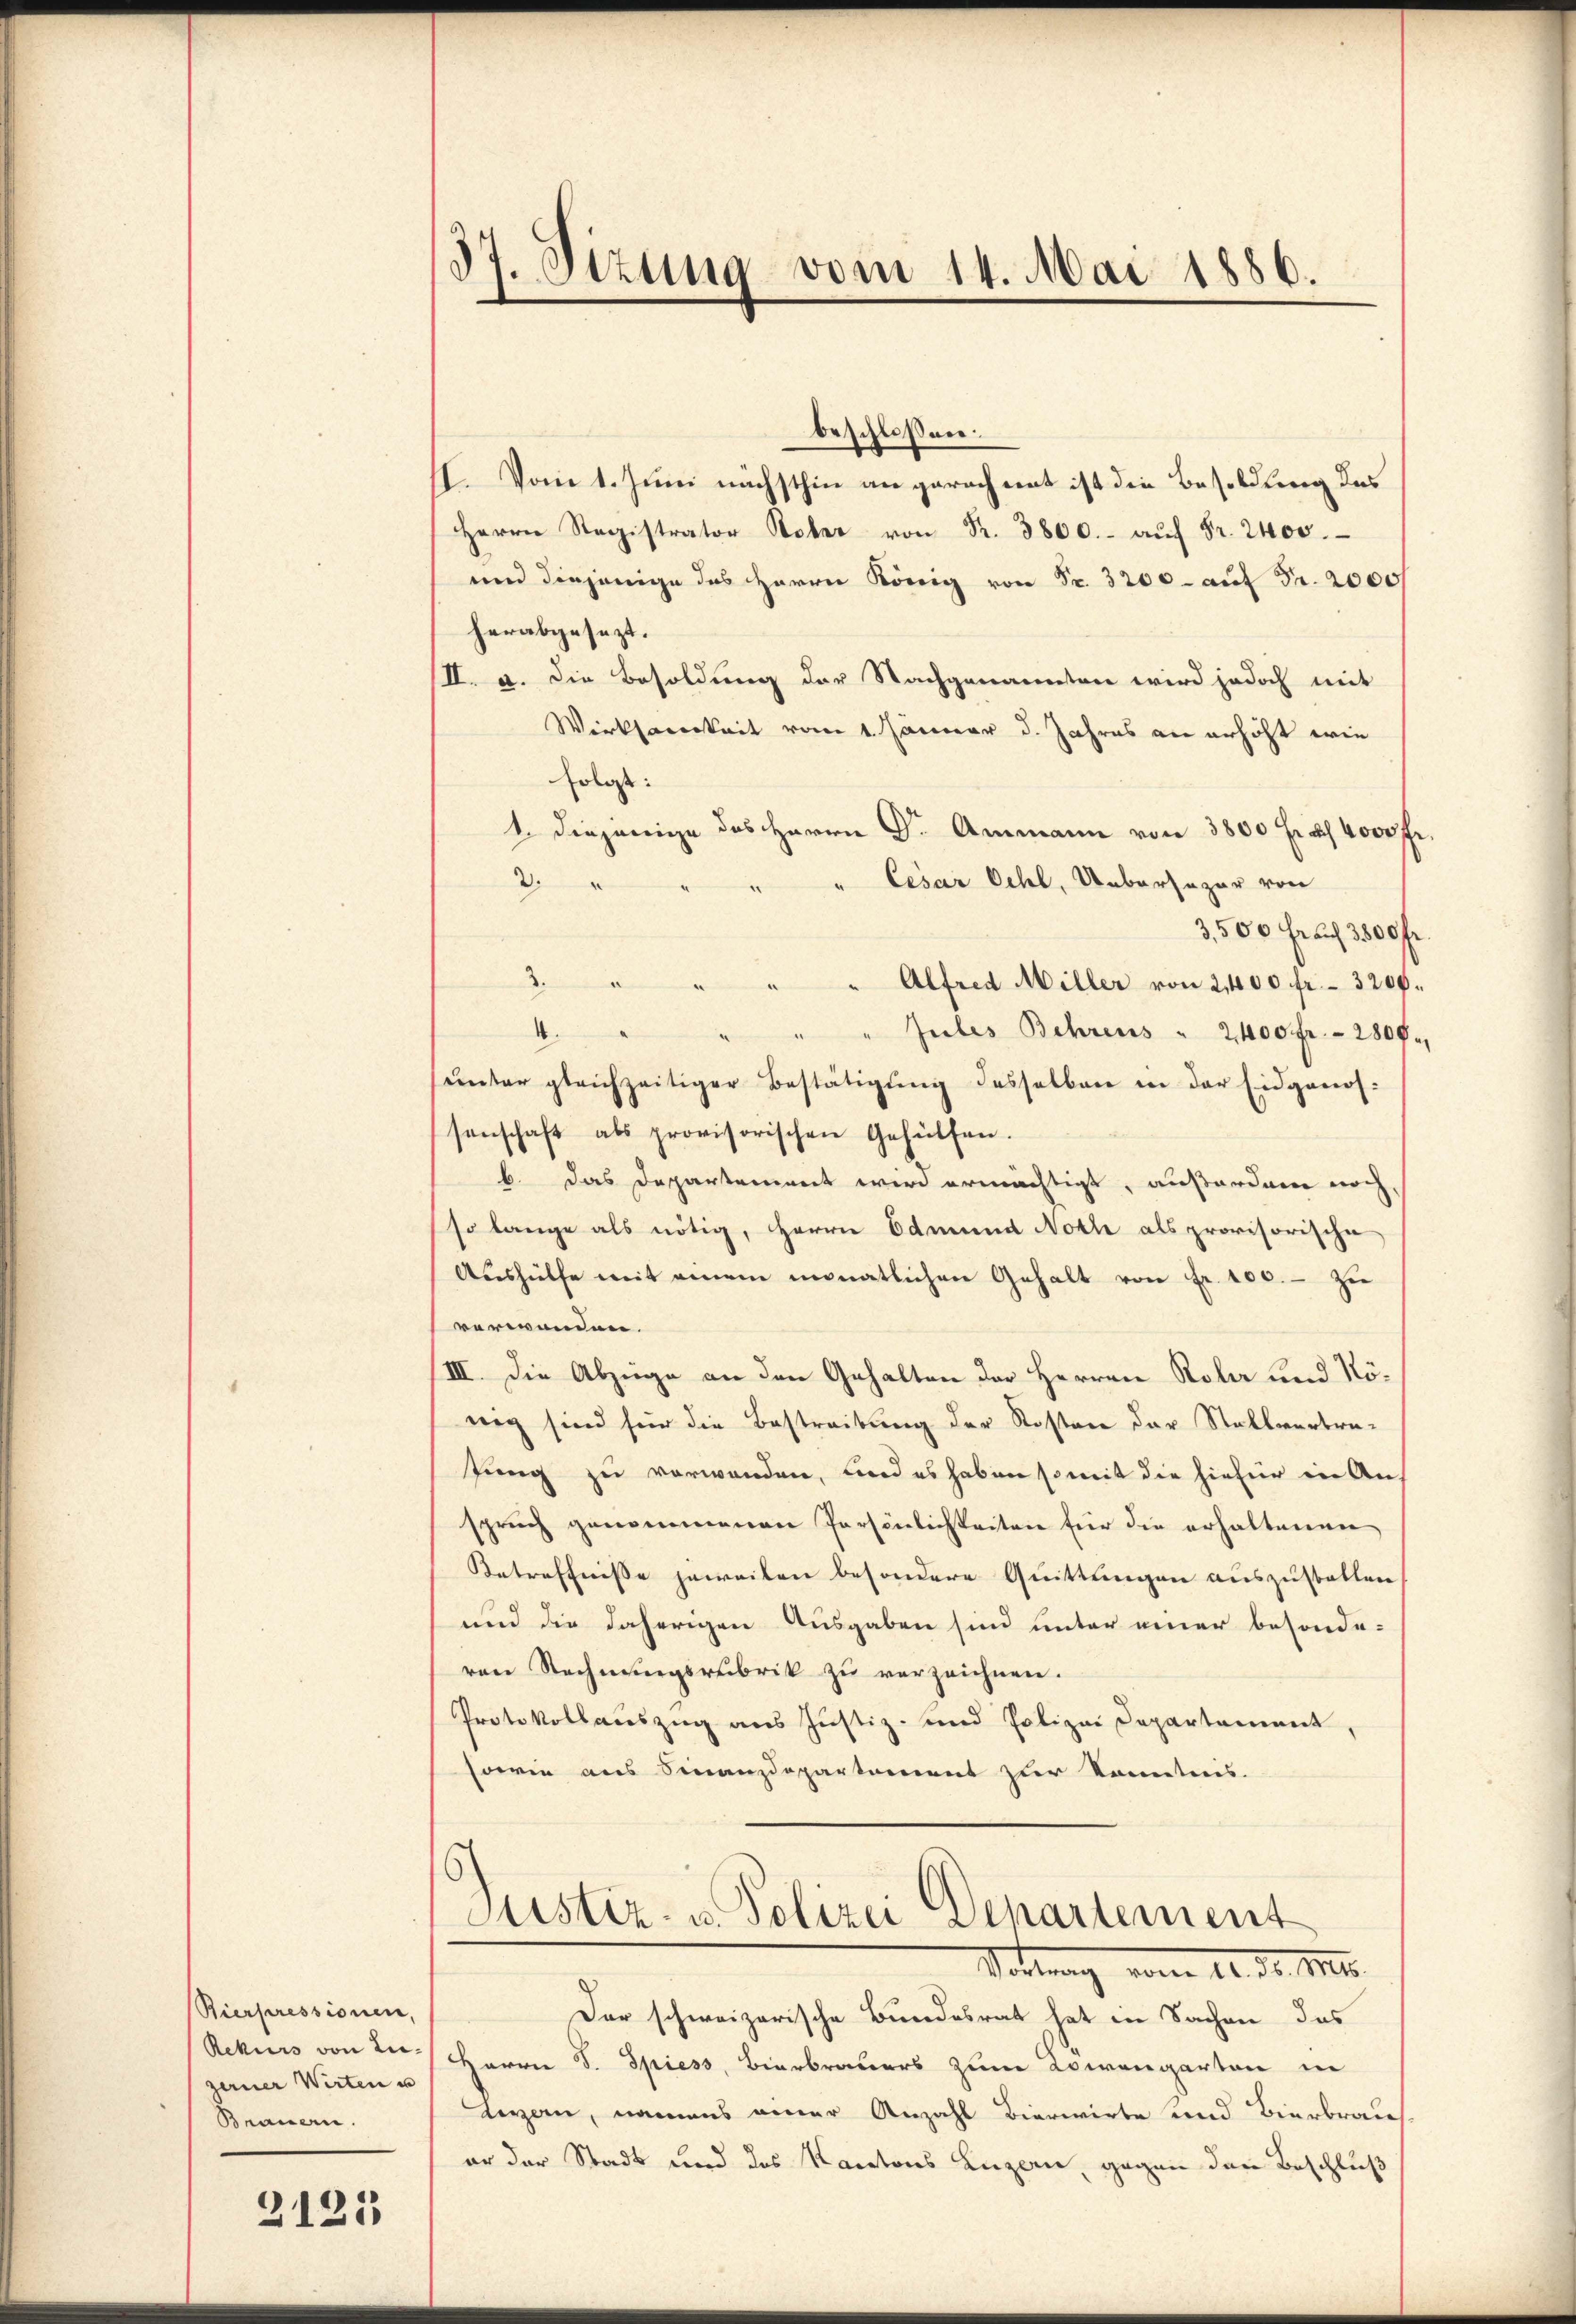
Bierpressionen,
Rekurs von Lie-
zerner Wirten u
Brauern.

2125

37 Sizung vom 14. Mai 1886.
d

beschlossen:
I. Vom 1. Juni nächsthin an gerach mit ist die Besoldung des
Herrn Registrator Rober von Fr. 3800.- aŭf Fr. 2400.
und diejenige des Herrn König von Fr. 3200 - auf Fr. 2000f
herabgesezt.
II. a. Die Besoldung der Nachgenannten wird jedoch mit
Wirksamkeit vom 1. Jänner d. Jahres an erhöht wie
Erlos:
1. diejenige des Herrn Dr. Ammann von 3800 Fr. 4000 fr.
" Cesar Oehl, Uebersezar von
2
3,500 Fr. auf 3500 fr
3. " " " " Alfred Miller von 2,400 fr. 3200.
" Gutes Behrens " 2400 fr. 280 f.,
4.
4
unter gleichzeitiger Bestätigŭng desselben in der Eidgenos-
senschaft als provisorischen Gehülfen.
b. das Departement wird ermächtigt, außerdam noch,
so lange als nötig, Herrn Edmund Noth als provisorische
Aushülfe mit einem monatlichen Gehalt von Fr. 100. - Zi
verwanden.
III. Die Abzüge an den Gehalten der Herren Rola und Rönig sind für die Bestreibung der Kosten der Stallverbrefung zu verwenden, und es haben somit die hiefür in Anspruch genommenen Persönlichkeiten für die erhaltenen
Betreffnisse jeweilen besondere Quittungen auszustellen
und die daherigen Ausgaben sind unter einer besonde-
ren Rechnungsrubrik zu verzeichnen.
Protokollauszug aus Justiz- und Polizei Departement,
sowie aus Finanzdepartement zur Kenntnis.

Justiz- u. Polizei Departement
Sottung vom 12. d. 171.

Der schweizerische Bundesrat hat in Sachen des
Herrn J. Spiess, Bierbrauers zum Abwengarten in
Lezzern, namens einer Anzahl Bieriirte und Bierbrau
er der Stadt und das Kantons Luzern, gegen den Beschluß